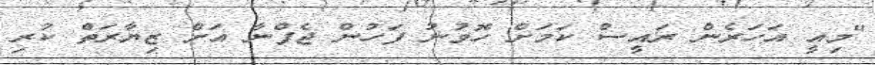
"މިއީ އަހަރެން ރައީސް ކަމަށް ހޮވުނު ފަހުން ޖެފްނާ އަށް ޒިޔާރަތް ކުރި